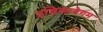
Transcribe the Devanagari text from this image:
उन्निसाबेगम